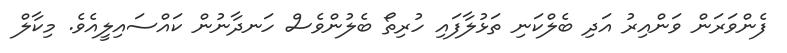
ފެންވަރަން ވަންއިރު އަދި ބެލްކަނި ތަޅުލާފައި ހުރިތޯ ބެލުންވެސް ހަނދާނުން ކައްސައިލީއެވެ. މިކާލް